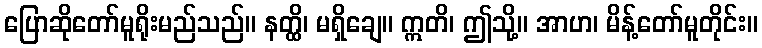
ပြောဆိုတော်မူရိုးမည်သည်။ နတ္ထိ၊ မရှိချေ။ ဣတိ၊ ဤသို့။ အာဟ၊ မိန့်တော်မူတိုင်း။